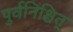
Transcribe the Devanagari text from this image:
पुर्वनिश्चित्